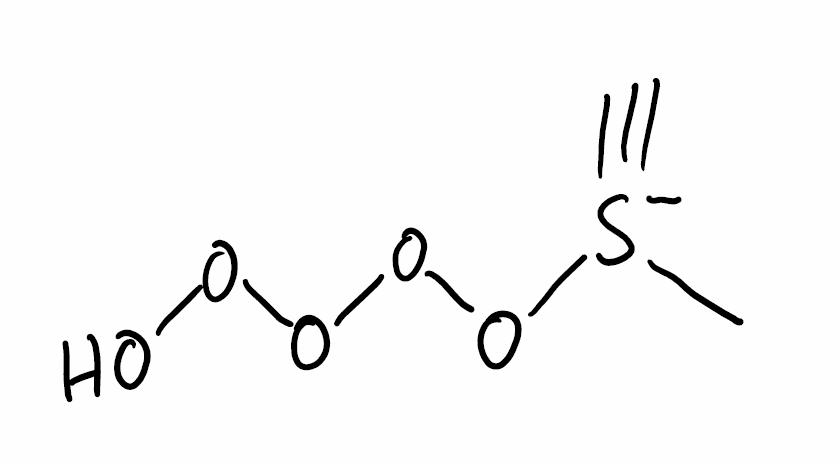
Simplified molecular-input line-entry system (SMILES) notation of the given molecule:
C[S-](#C)OOOOO